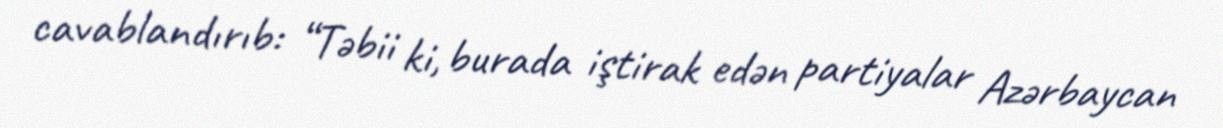
cavablandırıb: “Təbii ki, burada iştirak edən partiyalar Azərbaycan